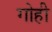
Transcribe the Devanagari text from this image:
गोही